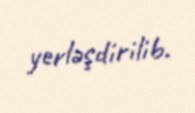
yerləşdirilib.